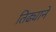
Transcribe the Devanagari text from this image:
तिढ्याने